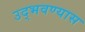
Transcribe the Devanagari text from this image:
उद्भवण्यास